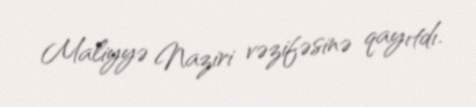
Maliyyə Naziri vəzifəsinə qayıtdı.